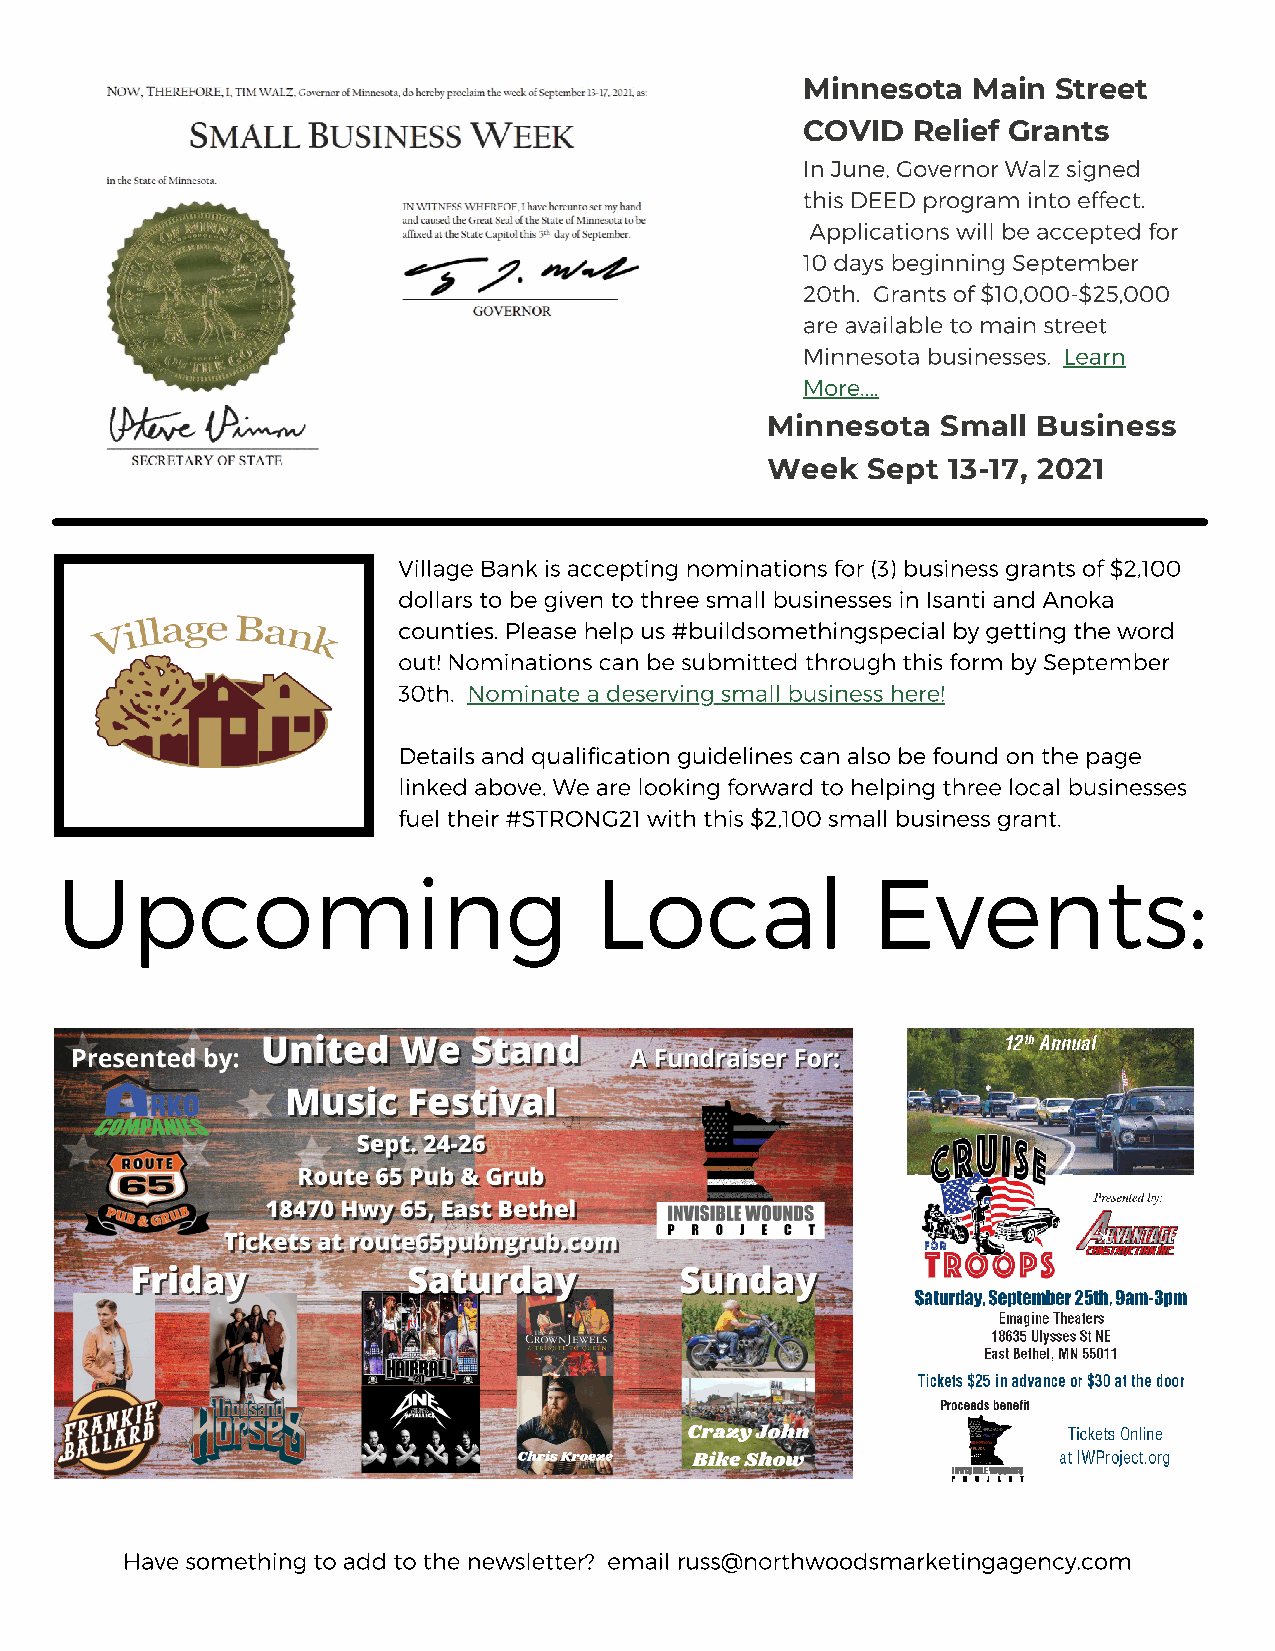
Minnesota  Main  Street
 COVID  Relief Grants
 In June, Governor Walz signed
 this DEED program into effect.
 Applications will be accepted for
 10 days beginning September
 20th. Grants of $10,000-$25,000
 are available to main street
 Minnesota businesses. Learn
 More....
 Minnesota  Small  Business
 Week  Sept  13-17, 2021
 Village Bank is accepting nominations for (3) business grants of $2,100
 dollars to be given to three small businesses in Isanti and Anoka
 counties. Please help us #buildsomethingspecial by getting the word
 out! Nominations can be submitted through this form by September
 30th. Nominate a deserving small business here!
 Details and qualification guidelines can also be found on the page
 linked above. We are looking forward to helping three local businesses
 fuel their #STRONG21 with this $2,100 small business grant.
 Upcoming                           Local              Events:
 Have something to add to the newsletter? email russ@northwoodsmarketingagency.com